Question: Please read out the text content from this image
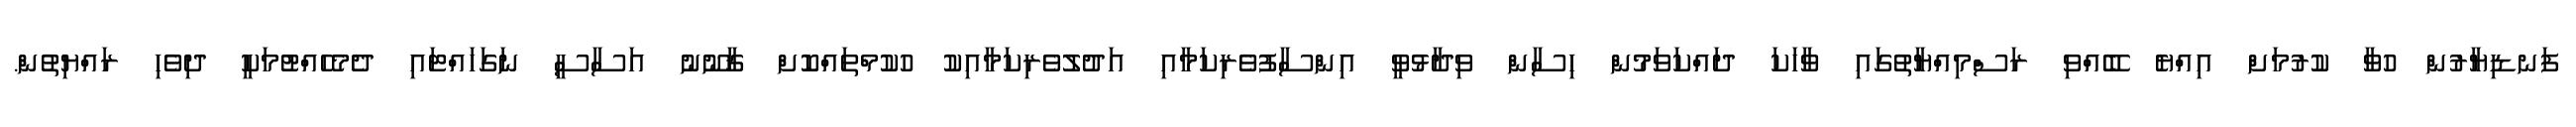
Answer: ފަނޑިޔާރުން ހުވާ ކުރުމަށް އިއްޔެ ބޭއްވި ރަސްމިއްޔާތުގައި ވާހަކަ ދައްކަވަމުން ހިސާން ވިދާޅުވީ އިންސާފުވެރިކަމާއި އަދުލުވެރިކަމާއިކު ހުކުމްތައްކޮށް ޤާނޫނު އަސާސީ ނަގަހައްޓައި ދެމެހެއްޓުމަކީ ދިވެހި ރައްޔިތުން.